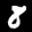
Label: 8